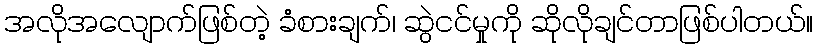
အလိုအလျောက်ဖြစ်တဲ့ ခံစားချက်၊ ဆွဲငင်မှုကို ဆိုလိုချင်တာဖြစ်ပါတယ်။